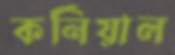
কর্নিয়াল